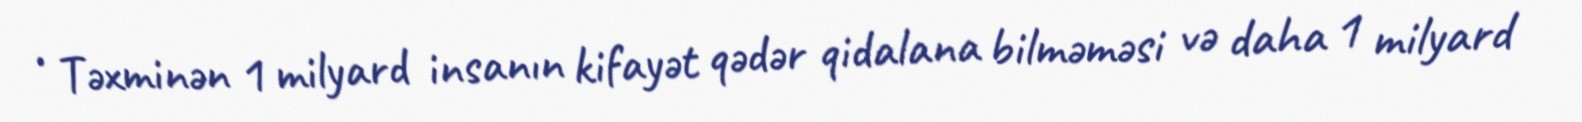
• Təxminən 1 milyard insanın kifayət qədər qidalana bilməməsi və daha 1 milyard